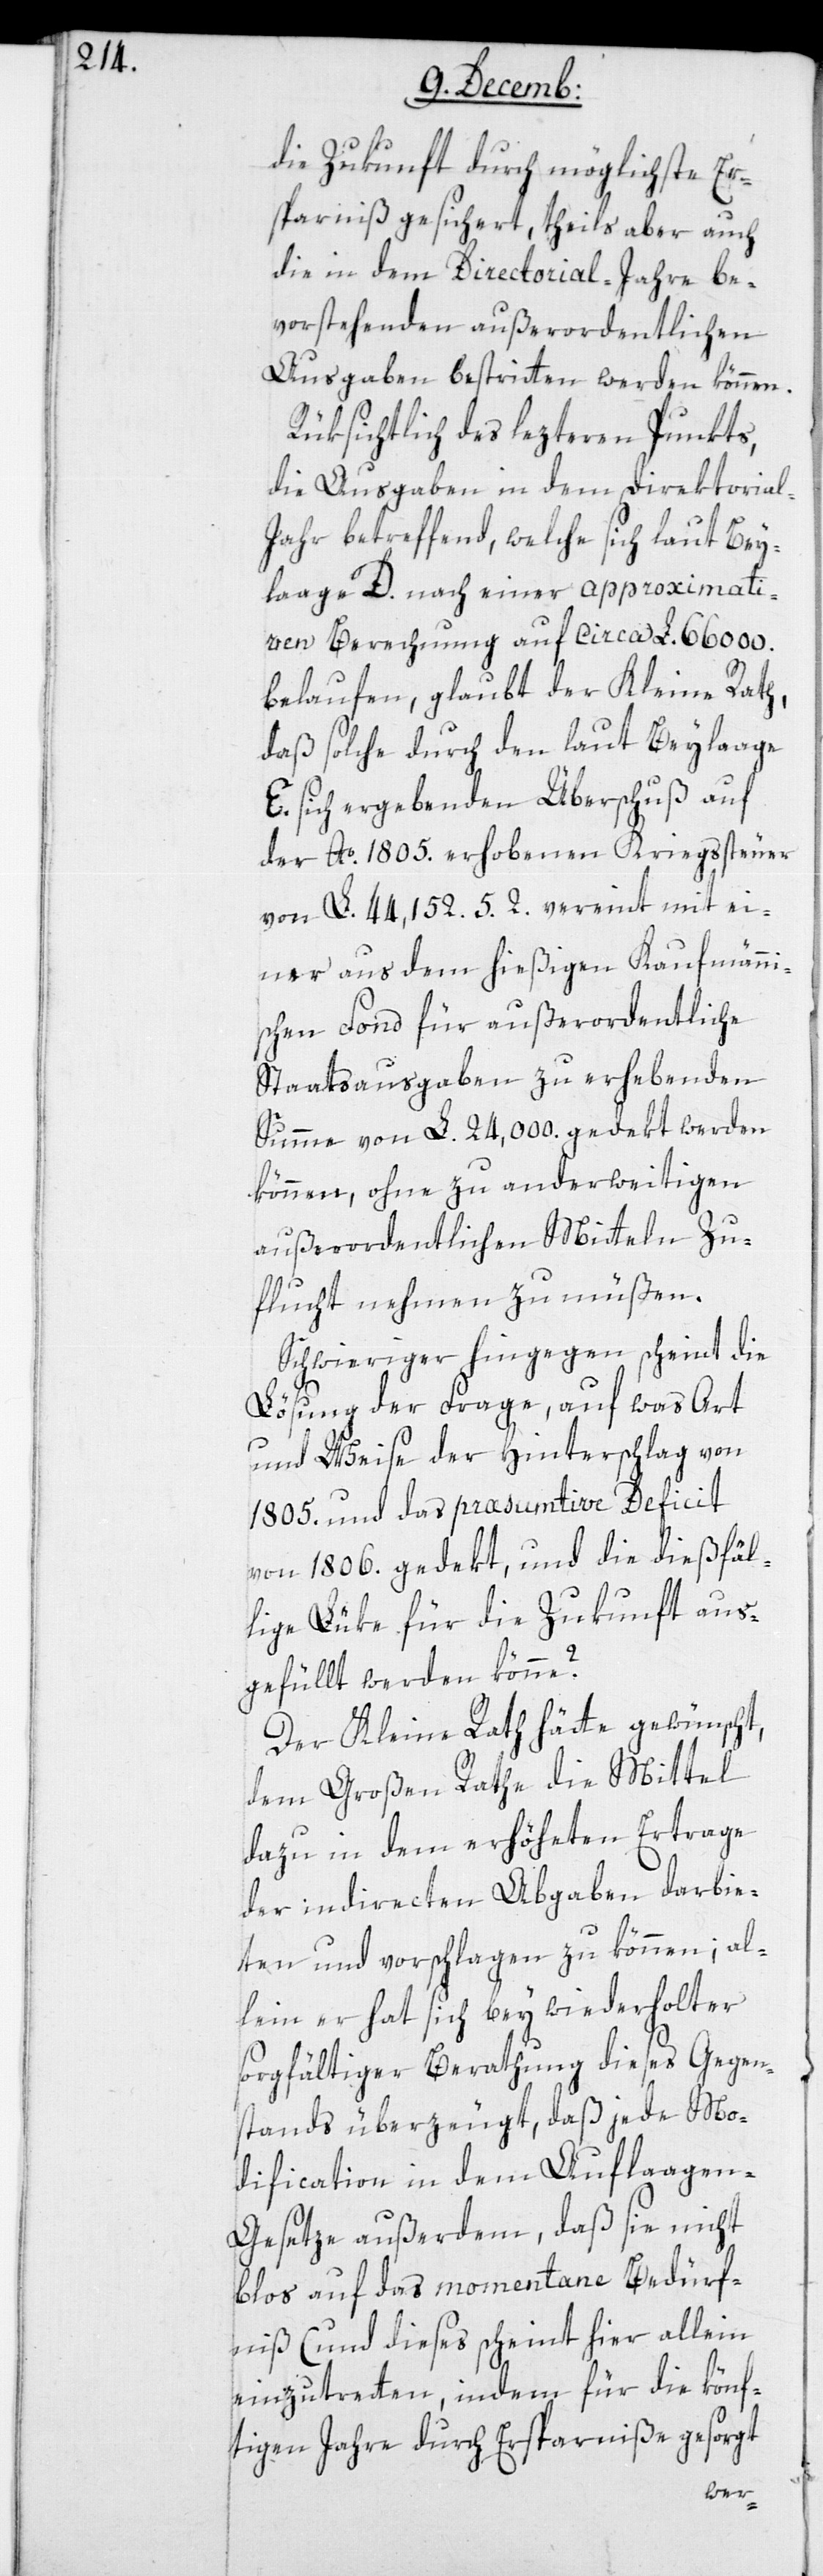
die Zukunft durch möglichste Er¬
sparniß gesichert, theils aber auch
die in dem Directoral-Jahre be¬
vorstehenden außerordentlichen
Ausgaben beßtritten werden können.
Rüksichtlich des lezteren Punkts,
die Ausgaben in dem Direktoria¬
l-Jahr betreffend, welche sich laut Bey¬
lage D. nach einer approximati¬
ven Berechnung auf circa L. 66 000.
belaufen, glaubt der Kleine Rath,
daß solche durch den laut Beylage
E. sich ergebende Überschuß auf
der Ao. 1805 erhobenen Kriegssteuer
von L. 44 152.5.2. vereint mit ei¬
ner aus dem hießigen kaufmänni¬
schen Fond für außerordentliche
Staatsausgaben zu erhebenden
Summe von L. 24 000. gedekt werden
können, ohne zu anderweitigen
außerordentlichen Mitteln Zu¬
flucht nehmen zu müßen.
Schwieriger hingegen scheint die
Lösung der Frage, auf was Art
und Weise der Hinterschlag von
1805. und das præsumtive Deficit
von 1806. gedekt, und die dießfäl¬
lige Lüke für die Zukunft aus¬
gefüllt werden könne?
Der Kleine Rath hätte gewünscht,
dem Großen Rathe die Mittel
dazu in dem erhöheten Ertrage
der indirecten Abgaben darbie¬
ten und vorschlagen zu können; al¬
lein er hat sich bey wiederholter
sorgfältiger Berathung dieses Gegen¬
stands überzeugt, daß jede Mo¬
dification in dem Auflage¬
n-Gesetze außerdem, daß sie nicht
bloß auf das momentane Bedürf¬
niß (und dieses scheint hier allein
einzutreten, indem für die könf¬
tigen Jahre durch Ersparniße gesorgt